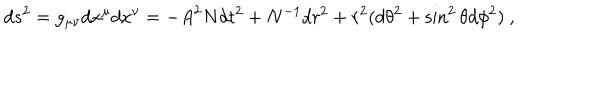
LaTeX: d s ^ { 2 } = g _ { \mu \nu } d x ^ { \mu } d x ^ { \nu } = - { A } ^ { 2 } { N } d t ^ { 2 } + { N } ^ { - 1 } d r ^ { 2 } + r ^ { 2 } ( d \theta ^ { 2 } + \sin ^ { 2 } \theta d \phi ^ { 2 } ) \ ,